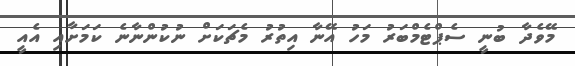
މޭވެދާ ބުނީ ސެޕްޓެމްބަރު މަހު އޭނާ އިތުރު މެޗަކަށް ނުކުންނާނެ ކަމަށާއި އެއީ